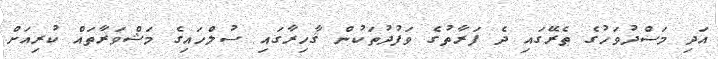
އަދި މަސްދުވަހުގެ ތެރޭގައި ދެ ފަރާތުގެ ވަފުދުތަކުން ޤާހިރާގައި ސުލްހައިގެ މަޝްވަރާތައް ކުރިއަށް